Calcutta medical institutions reports 1879-81 [i.e.91]
Year: 1879
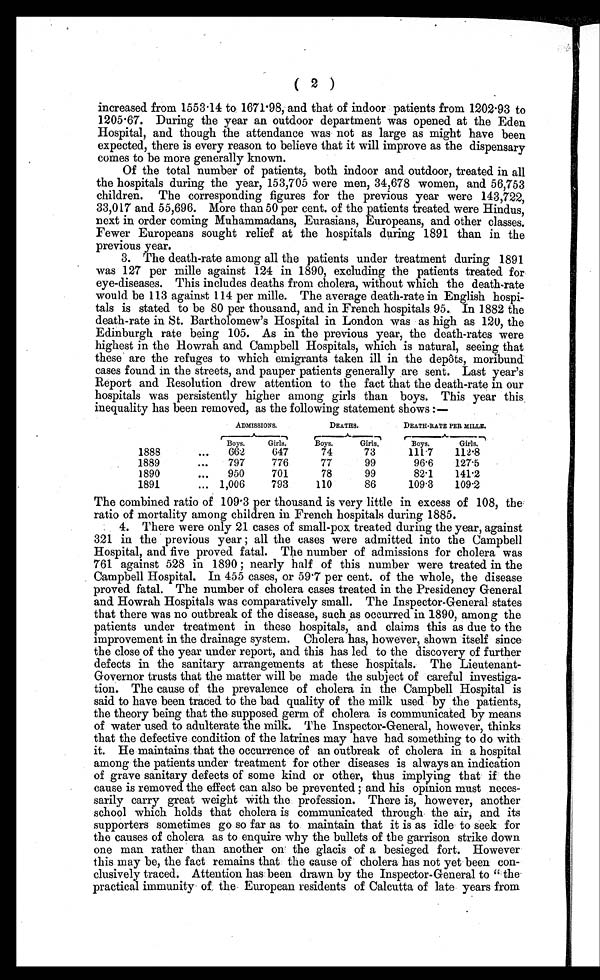
( 2 )
increased from 1553.14 to 1671.98, and that of indoor patients from 1202.93 to
1205.67. During the year an outdoor department was opened at the Eden
Hospital, and though the attendance was not as large as might have been
expected, there is every reason to believe that it will improve as the dispensary
comes to be more generally known.
Of the total number of patients, both indoor and outdoor, treated in all
the hospitals during the year, 153,705 were men, 34,678 women, and 56,753
children. The corresponding figures for the previous year were 143,722,
33,017 and 55,696. More than 50 per cent. of the patients treated were Hindus,
next in order coming Muhammadans, Eurasians, Europeans, and other classes.
Fewer Europeans sought relief at the hospitals during 1891 than in the
previous year.
3. The death-rate among all the patients under treatment during 1891
was 127 per mille against 124 in 1890, excluding the patients treated for
eye-diseases. This includes deaths from cholera, without which the death-rate
would be 113 against 114 per mille. The average death-rate in English hospi-
tals is stated to be 80 per thousand, and in French hospitals 95. In 1882 the
death-rate in St. Bartholomew's Hospital in London was as high as 120, the
Edinburgh rate being 105. As in the previous year, the death-rates were
highest in the Howrah and Campbell Hospitals, which is natural, seeing that
these are the refuges to which emigrants taken ill in the depôts, moribund
cases found in the streets, and pauper patients generally are sent. Last year's
Report and Resolution drew attention to the fact that the death-rate in our
hospitals was persistently higher among girls than boys. This year this
inequality has been removed, as the following statement shows :—
ADMISSIONS.
DEATHS.
DEATH-RATE PER MlILLE.
Boys.
Girls.
Boys.
Girls.
Boys.
Girls.
1888
...
662
647
74
73
111.7
112.8
1889
...
797
776
77
99
96.6
127.5
1890
...
950
701
78
99
82.1
141.2
1891
... 1,006
793
110
86
109.3
109.2
The combined ratio of 109.3 per thousand is very little in excess of 108, the
ratio of mortality among children in French hospitals during 1885.
4. There were only 21 cases of small-pox treated during the year, against
321 in the previous year ; all the cases were admitted into the Campbell
Hospital, and five proved fatal. The number of admissions for cholera was
761 against 528 in 1890 ; nearly half of this number were treated in the
Campbell Hospital. In 455 cases, or 59.7 per cent. of the whole, the disease
proved fatal. The number of cholera cases treated in the Presidency General
and Howrah Hospitals was comparatively small. The Inspector-General states
that there was no outbreak of the disease, such as occurred in 1890, among the
patients under treatment in these hospitals, and claims this as due to the
improvement in the drainage system. Cholera has, however, shown itself since
the close of the year under report, and this has led to the discovery of further
defects in the sanitary arrangements at these hospitals. The Lieutenant-
Governor trusts that the matter will be made the subject of careful investiga-
tion. The cause of the prevalence of cholera in the Campbell Hospital is
said to have been traced to the bad quality of the milk used by the patients,
the theory being that the supposed germ of cholera is communicated by means
of water used to adulterate the milk. The Inspector-General, however, thinks
that the defective condition of the latrines may have had something to do with
it. He maintains that the occurrence of an outbreak of cholera in a hospital
among the patients under treatment for other diseases is always an indication
of grave sanitary defects of some kind or other, thus implying that if the
cause is removed the effect can also be prevented and his opinion must neces-
sarily carry great weight with the profession. There is, however, another
school which holds that cholera is communicated through the air, and its
supporters sometimes go so far as to maintain that it is as idle to seek for
the causes of cholera as to enquire why the bullets of the garrison strike down
one man rather than another on the glacis of a besieged fort. However
this may be, the fact remains that the cause of cholera has not yet been con-
clusively traced. Attention has been drawn by the Inspector-General to " the
practical immunity of the European residents of Calcutta of late years from